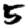
Digit: 5